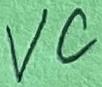
Text: VC